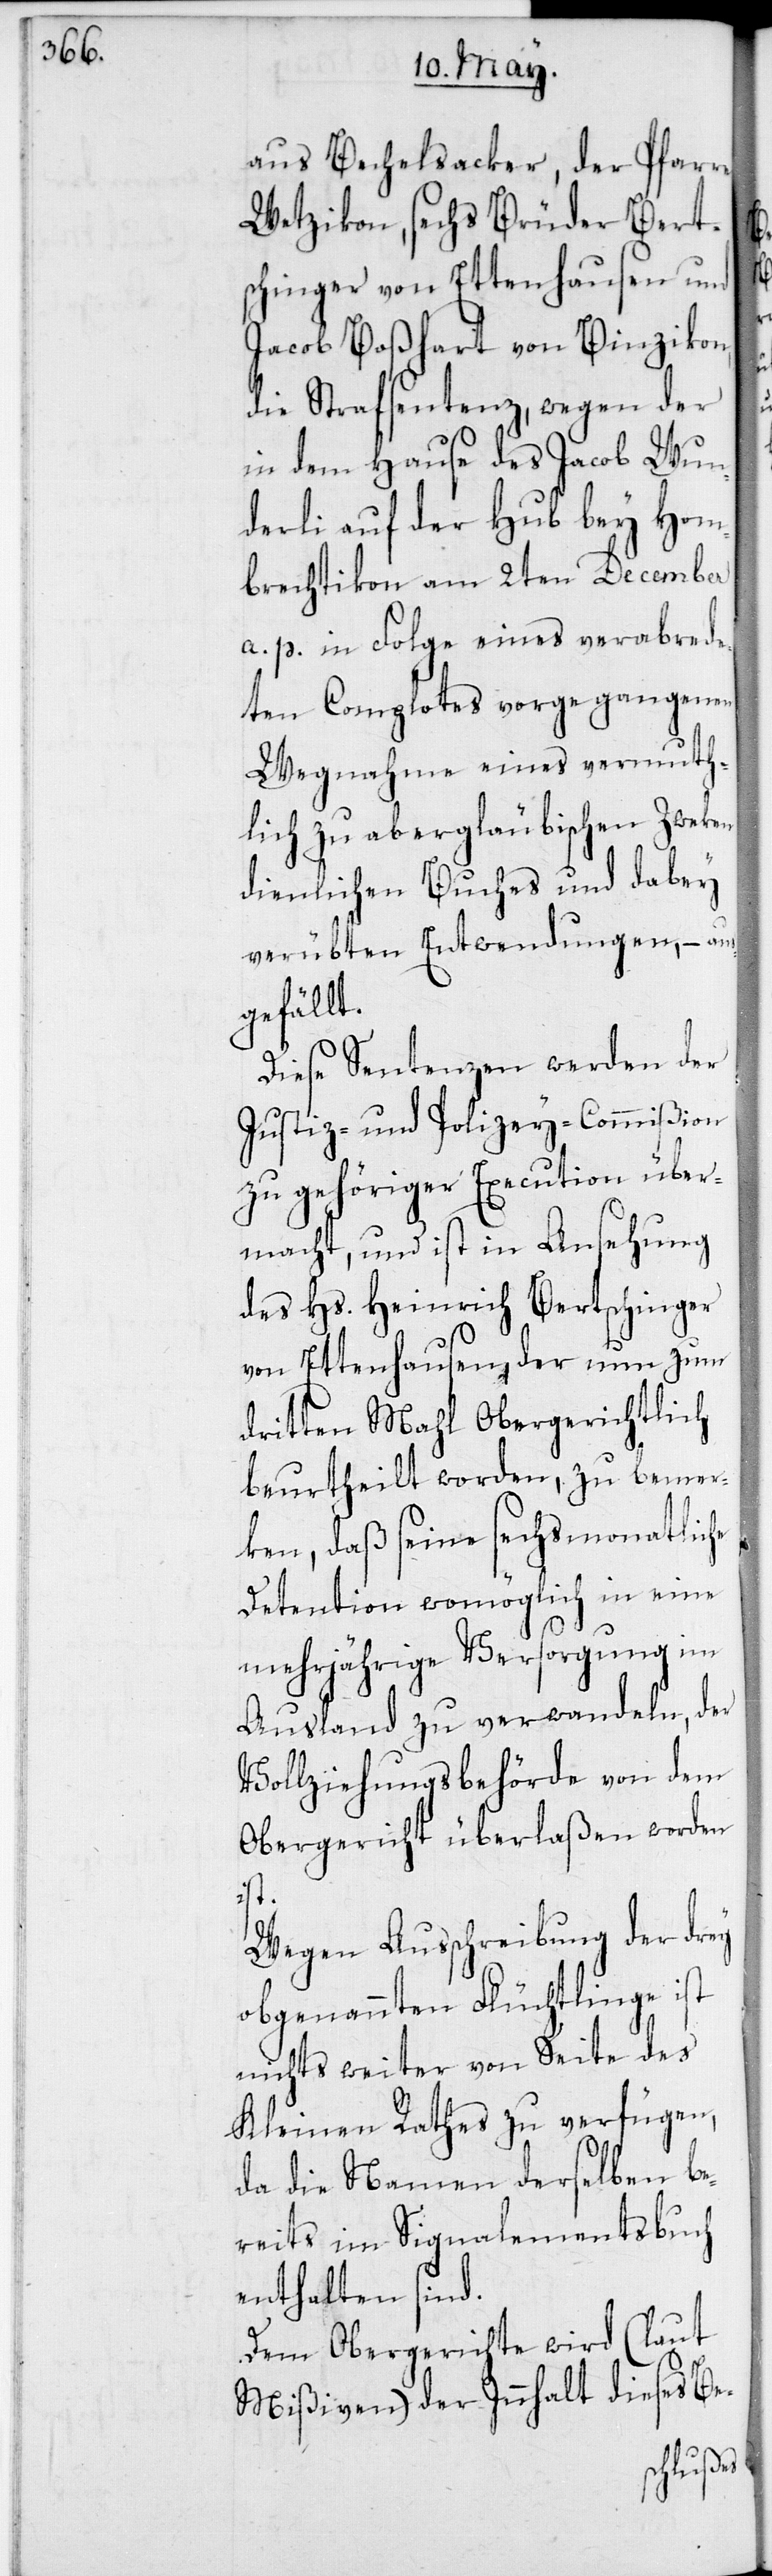
aus Bechelsacker, der Pfarre
Wetzikon; sechs Brüder Bert¬
schinger von Ettenhausen; und
Jacob Boßhart von Binzikon,
die Strafsentenz, wegen der
in dem Hause des Jacob Wun¬
derli auf der Hub bey Hom¬
brechtikon am 2ten December
a. p. in Folge eines verabrede¬
ten Complotes vorgegangenen
Wegnahme eines vermuth¬
lich zu abergläubischen Zweken
dienlichen Buches und dabey
verübten Entwendungen, – aus¬
gefällt.
Diese Sentenzen werden der
Justiz- und Polizey-Commißion
zu gehöriger Execution über¬
macht, und ist in Ansehung
des Hs. Heinrich Bertschinger
von Ettenhausen, der nun zum
dritten Mahl Obergerichtlich
beurtheilt worden, zu bemer¬
ken, daß seine sechsmonatliche
Detention womöglich in eine
mehrjährige Versorgung im
Ausland zu verwandeln, der
Vollziehungsbehörde von dem
Obergericht überlaßen worden
ist.
Wegen Ausschreibung der drey
obgenannten Flüchtlinge ist
nichts weiter von Seite des
Kleinen Rathes zu verfügen,
da die Namen derselben be¬
reits im Signalementsbuch
enthalten sind.
Dem Obergerichte wird (laut
Mißiven) der Innhalt dieses Be-